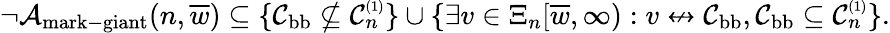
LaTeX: \begin{array}{r}{\neg{\mathcal A}_{\mathrm{mark-giant}}(n,\overline{{w}})\subseteq\{ {\mathcal C}_{\mathrm{bb}}\nsubseteq{\mathcal C}_{n}^{\scriptscriptstyle(1)}\} \cup\{ \exists v\in\Xi_{n}[\overline{{w}},\infty):v\not\leftrightarrow{\mathcal C}_{\mathrm{bb}},{\mathcal C}_{\mathrm{bb}}\subseteq{\mathcal C}_{n}^{\scriptscriptstyle(1)}\} .}\end{array}